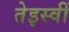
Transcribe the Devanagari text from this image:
तेइस्वीं